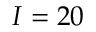
I = 2 0